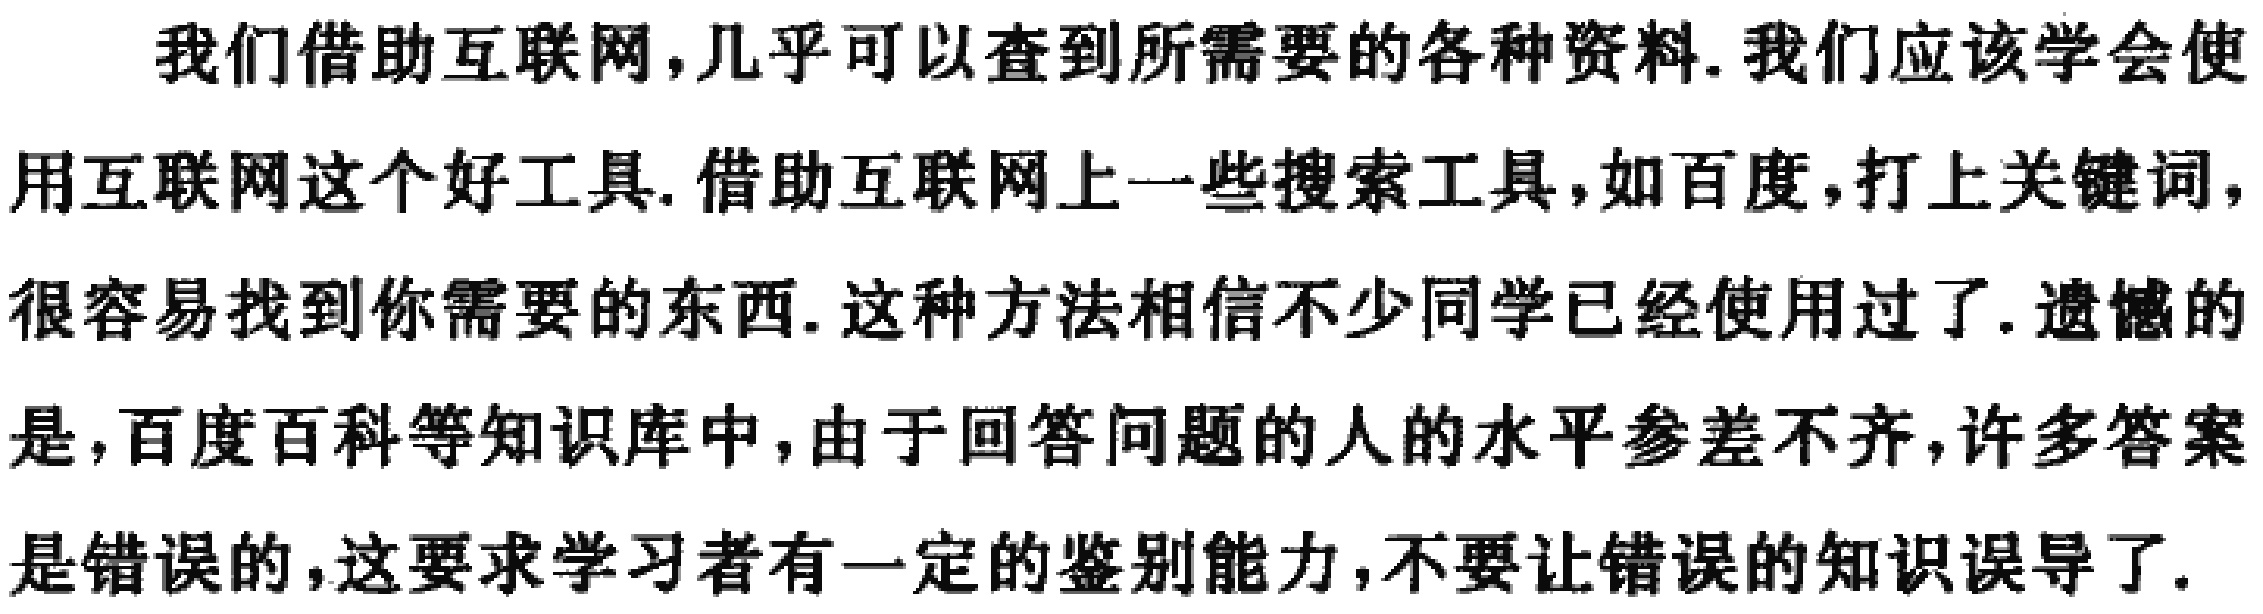
我们借助互联网,几乎可以查到所需要的各种资料.我们应该学会使用互联网这个好工具.借助互联网上一些搜索工具,如百度,打上关键词,很容易找到你需要的东西.这种方法相信不少同学已经使用过了.遗憾的是,百度百科等知识库中,由于回答问题的人的水平参差不齐,许多答案是错误的,这要求学习者有一定的鉴别能力,不要让错误的知识误导了.